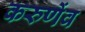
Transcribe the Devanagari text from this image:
करुणेंव